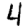
Digit: 4